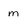
Character: m